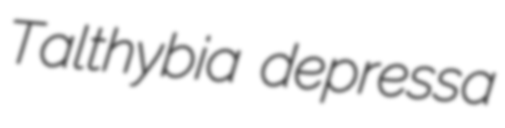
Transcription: Talthybia depressa